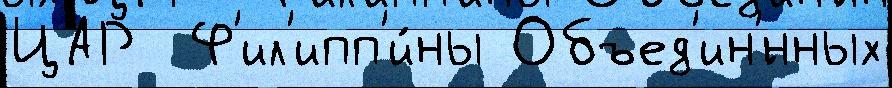
ЦАР  Ф'ил'ипп'и́ны Объед'ин'́нных